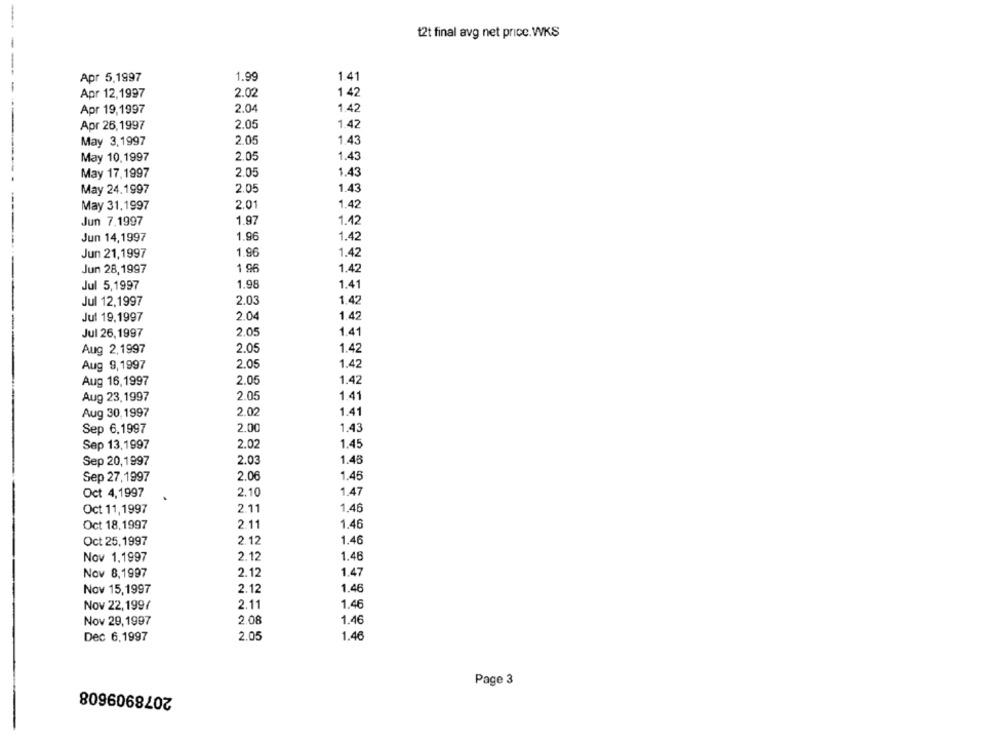
t2t final avg net price.WKS
Apr 5,1997
1.99
1.41
Apr 12,1997
2.02
1 42
Apr 19,1997
2.04
1.42
Apr 26,1997
2.05
1.42
May 3,1997
2.05
1.43
1.43
May 10,1997
2.05
May 17,1997
2.05
1.43
May 24.1997
2.05
1.43
May 31.1997
2.01
1.42
Jun 7,1997
1.97
1.42
Jun 14,1997
1.96
1.42
1.96
1.42
Jun 21,1997
1.42
Jun 28,1997
1 96
Jul 5,1997
1.96
1.41
Jul 12,1997
2.03
1.42
Jul 19,1997
2.04
1.42
Jul 26,1997
2.05
1.41
Aug 2,1997
2.05
1.42
2.05
1.42
Aug 9,1997
Aug 16,1997
2.05
1.42
Aug 23, 1997
2.05
1.41
Aug 30,1997
2.02
1.41
Sep 6.1997
2.00
1.43
Sep 13,1997
2.02
1.45
2.03
1.48
Sep 20,1997
Sep 27,1997
2.06
1.45
Oct 4,1997
2.10
1.47
Oct 11,1997
2.11
1.46
Oct 18.1997
2.11
1.46
Oct 25,1997
2.12
1.46
2.12
1.46
Nov 1,1997
1.47
Nov 8,1997
2.12
Nov 15,1997
2.12
1.46
Nov 22,199/
2.11
1.46
Nov 29,1997
2.08
1.46
Dec 6,1997
2.05
1.46
Page 3
2078909608